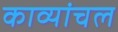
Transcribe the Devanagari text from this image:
काव्यांचल